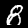
Digit: 8